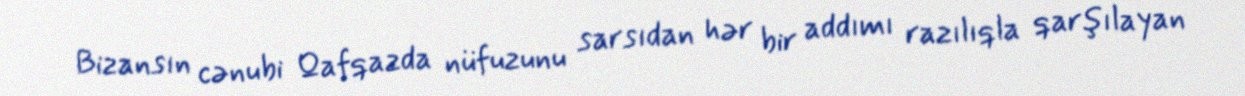
Bizansın cənubi Qafqazda nüfuzunu sarsıdan hər bir addımı razılıqla qarşılayan